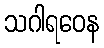
သဂါရဝေန